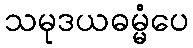
သမုဒယဓမ္မံပေ